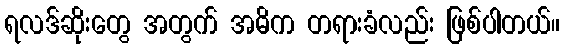
ရလဒ်ဆိုးတွေ အတွက် အဓိက တရားခံလည်း ဖြစ်ပါတယ်။